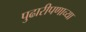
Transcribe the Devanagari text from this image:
पुढारीपणाच्या